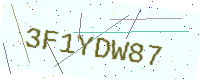
Text: 3F1YDW87